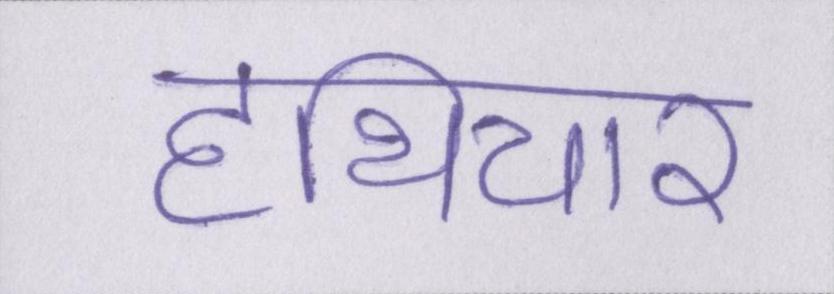
हथियार